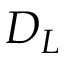
D _ { L }